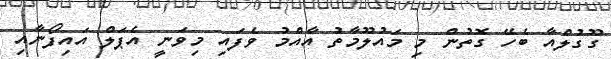
ގޫގުލްއާ ބެހޭ ގޮތުން މި މައުލޫމާތު އާއްމު ވެފައި މިވަނީ އެޕަލް އައިފޯނާއި